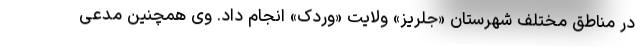
در مناطق مختلف شهرستان «جلریز» ولایت «وردک» انجام داد. وی همچنین مدعی